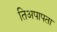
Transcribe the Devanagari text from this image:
तिअपापता